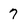
Character: 7